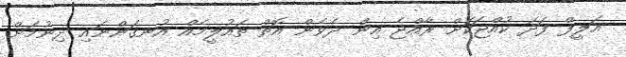
އަލީފް ފަދަ ކުއްޖަކަށް ރާއްޖެ އިން ދެވެން އޮތް ތައުލީމެއް އުނގަންނައި ދިނުމަށް